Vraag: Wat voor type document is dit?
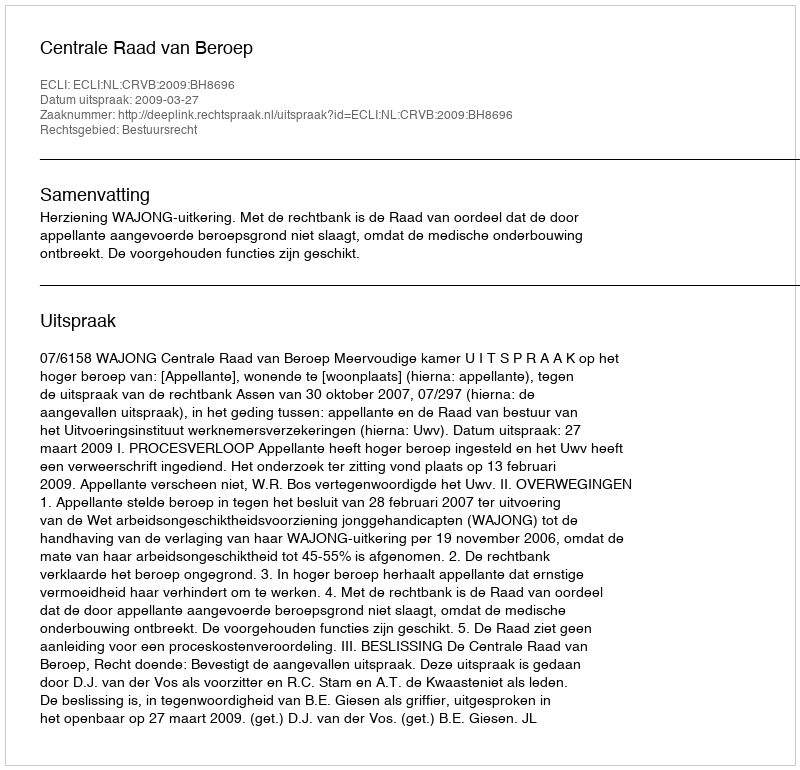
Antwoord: Uitspraak